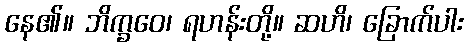
နေ၏။ ဘိက္ခဝေ၊ ရဟန်းတို့။ ဆဟိ၊ ခြောက်ပါး